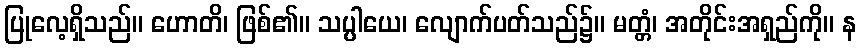
ပြုလေ့ရှိသည်။ ဟောတိ၊ ဖြစ်၏။ သပ္ပါယေ၊ လျောက်ပတ်သည်၌။ မတ္တံ၊ အတိုင်းအရှည်ကို။ န